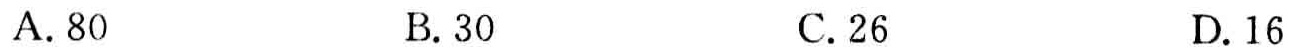
A. 80
B. 30
C. 26
D. 16